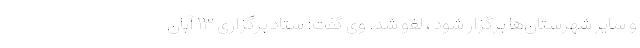
و سایر شهرستان‌ها برگزار شود ، لغو شد. وی گفت: ستاد برگزاری ۱۳ آبان